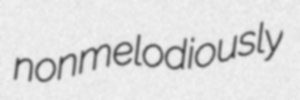
nonmelodiously